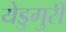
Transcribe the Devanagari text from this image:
येडुगुरी